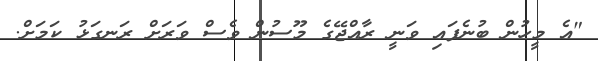
"އެ މީހުން ބުނެފައި ވަނީ ރާއްޖޭގެ މޫސުން ވެސް ވަރަށް ރަނގަޅު ކަމަށް.